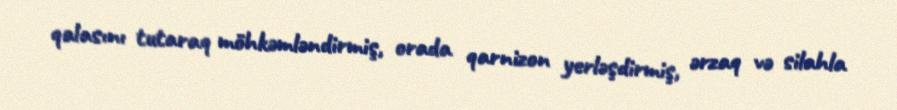
qalasını tutaraq möhkəmləndirmiş, orada qarnizon yerləşdirmiş, ərzaq və silahla